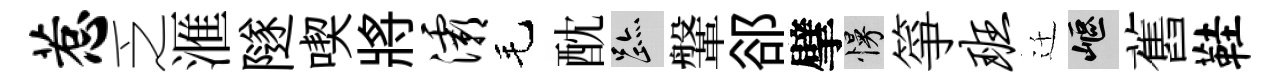
惹乏滙隧喫將灞毛酖迹鞶郤擘慢箏班迁嶇舊鞋